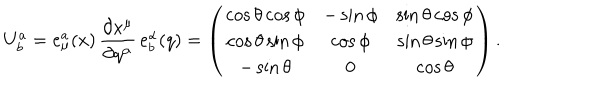
U _ { b } ^ { a } = e _ { \mu } ^ { a } ( x ) \, \frac { \partial x ^ { \mu } } { \partial q ^ { \alpha } } \, e _ { b } ^ { \alpha } ( q ) = \left( \begin{array} { c c c } { { \cos \theta \cos \phi } } & { { - \sin \phi } } & { { \sin \theta \cos \phi } } \\ { { \cos \theta \sin \phi } } & { { \cos \phi } } & { { \sin \theta \sin \phi } } \\ { { - \sin \theta } } & { { 0 } } & { { \cos \theta } } \\ \end{array} \right) .